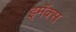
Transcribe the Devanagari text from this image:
इमॅक्स